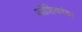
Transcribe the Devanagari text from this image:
आंशिकांवर